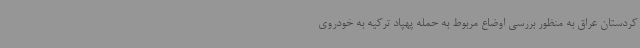
کردستان عراق به منظور بررسی اوضاع مربوط به حمله پهپاد ترکیه به خودروی